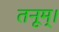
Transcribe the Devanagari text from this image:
तनूम्।